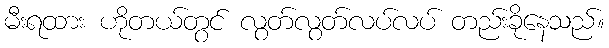
မီးရထား ဟိုတယ်တွင် လွတ်လွတ်လပ်လပ် တည်းခိုနေသည်။